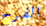
الفرح